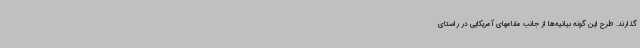
گذارند. طرح این گونه بیانیه‌ها از جانب مقامهای آمریکایی در راستای